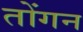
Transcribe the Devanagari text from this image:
तोंगन